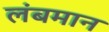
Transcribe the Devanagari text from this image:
लंबमान